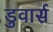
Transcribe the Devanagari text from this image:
डुवार्स